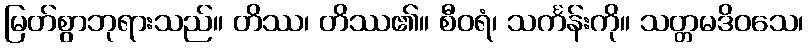
မြတ်စွာဘုရားသည်။ တိဿ၊ တိဿ၏။ စီဝရံ၊ သင်္ကန်းကို။ သတ္တမဒိဝသေ၊